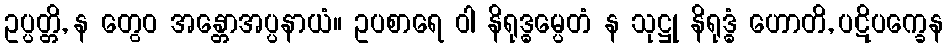
ဥပ္ပတ္တိ, န တွေဝ အန္တောအပ္ပနာယံ။ ဥပစာရေ ဝါ နိရုဒ္ဓမ္ပေတံ န သုဋ္ဌု နိရုဒ္ဓံ ဟောတိ, ပဋိပက္ခေန